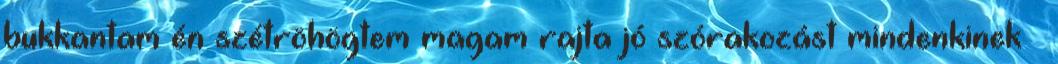
bukkantam én szétröhögtem magam rajta jó szórakozást mindenkinek 🙂